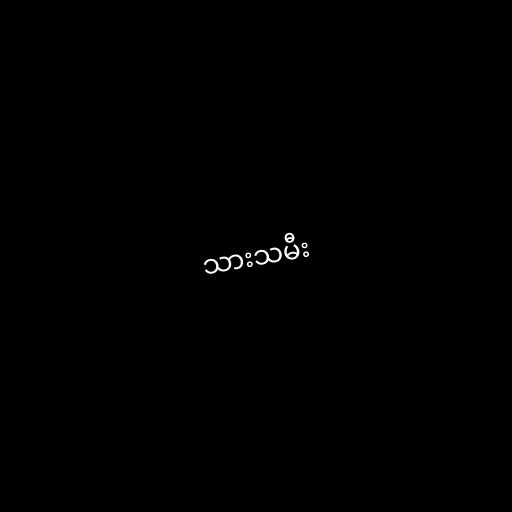
သားသမီး